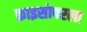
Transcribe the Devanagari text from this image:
क्राइसोपरला